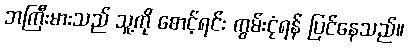
ဘကြီးမားသည် သူ့ကို စောင့်ရင်း ကွမ်းငုံရန် ပြင်နေသည်။